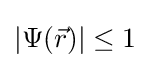
|\Psi ({\vec {r}})|\leq 1